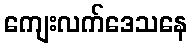
ကျေးလက်ဒေသနေ